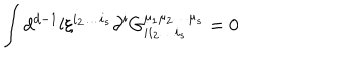
LaTeX: \int d ^ { d - 1 } l \xi ^ { i _ { 2 } \ldots i _ { s } } \partial ^ { i } G _ { i i _ { 2 } \ldots i _ { s } } ^ { \mu _ { 1 } \mu _ { 2 } \ldots \mu _ { s } } = 0